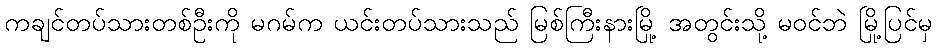
ကချင်တပ်သားတစ်ဦးကို မဂမ်က ယင်းတပ်သားသည် မြစ်ကြီးနားမြို့ အတွင်းသို့ မဝင်ဘဲ မြို့ပြင်မှ